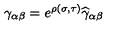
\gamma _ { \alpha \beta } = e ^ { \rho ( \sigma , \tau ) } { \widehat \gamma } _ { \alpha \beta }